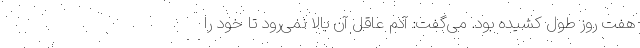
هفت روز طول کشیده بود. می‌گفت: آدم عاقل آن بالا نمی‌رود تا خود را